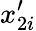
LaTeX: x_{2i}^{\prime}